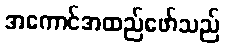
အကောင်အထည်ဖော်သည်